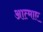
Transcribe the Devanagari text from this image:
आत्माए